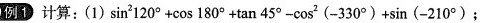
例1 计算:(1)$$\sin ^ { 2 } 1 2 0 ° + \cos 1 8 0 ° + \tan 4 5 ° - \cos ^ { 2 } ( - 3 3 0 ° ) + \sin ( - 2 1 0 ° )$$;